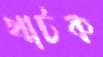
খাটক